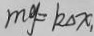
m _ { y } = k _ { \Delta } x _ { 1 }